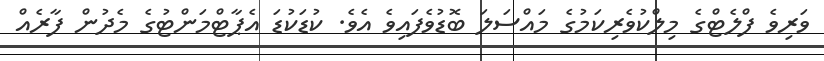
ވަރިވެ ފްލެޓްގެ މިލްކުވެރިކަމުގެ މައްސަލަ ބޮޑުވެފައިވެ އެވެ. ކުޑަކުޑަ އެޕާޓްމަންޓުގެ މެދުން ފާރެއް